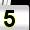
Digit: 5